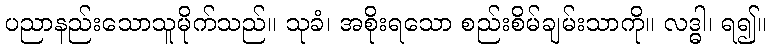
ပညာနည်းသောသူမိုက်သည်။ သုခံ၊ အစိုးရသော စည်းစိမ်ချမ်းသာကို။ လဒ္ဓါ၊ ရ၍။